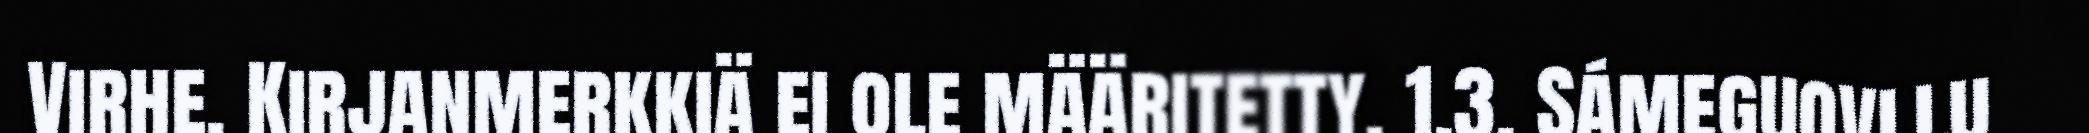
Virhe. Kirjanmerkkiä ei ole määritetty. 1.3. Sámeguovllu